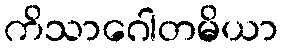
ကိသာဂေါတမိယာ